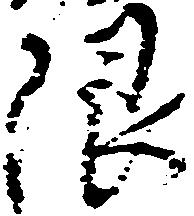
限